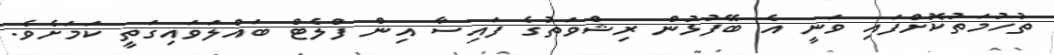
ތުހުމަތުކޮށްފައި ވަނީ އެ ބޭފުޅުން ރިޝްވަތުގެ ފައިސާ އިން ފްލެޓް ބައްލަވައިގަތީ ކަމަށެވެ.